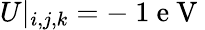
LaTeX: U|_{i,j,k}=-\mathrm{~1~e~V~}